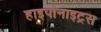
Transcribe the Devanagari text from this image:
हाइपोनाइट्रस